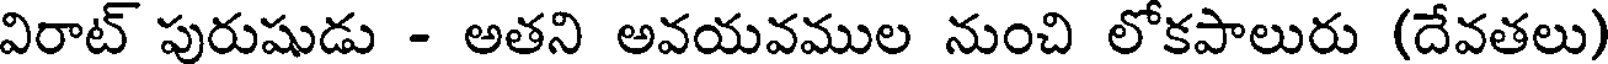
విరాట్ పురుషుడు - అతని అవయవముల నుంచి లోకపాలురు (దేవతలు)